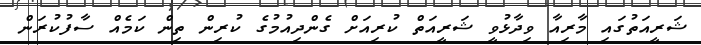
ޝަރީއަތުގައި މާރިއާ ވިދާޅުވީ ޝަރީއަތް ކުރިއަށް ގެންދިއުމުގެ ކުރިން ތިން ކަމެއް ސާފުކުރަން